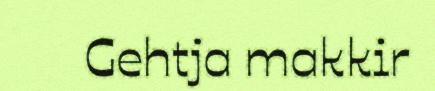
Gehtja makkir